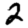
Digit: 2